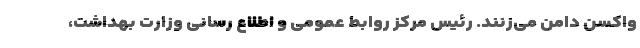
واکسن دامن می‌زنند. رئیس مرکز روابط عمومی و اطلاع رسانی وزارت بهداشت،